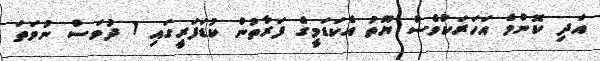
އަދި ކޮންމެ އަހަރަކުވެސް ޔޫތު އެކަޑަމީގެ ފަރާތުން ކުޑަފަރީގައި 1 ދުވަސް ނުވަތަ